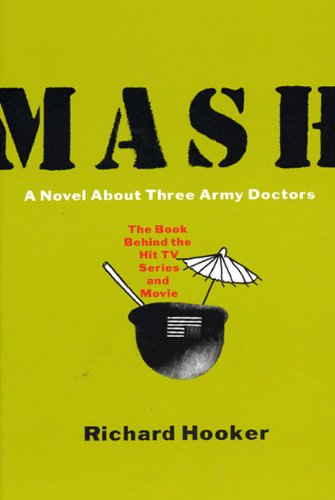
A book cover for Mash: A Novel About Three Army Doctors; Richard Hooker; Literature & Fiction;